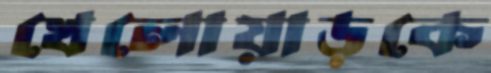
খেলোয়াড়কে